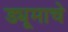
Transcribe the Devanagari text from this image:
ड्यूमाचे